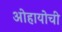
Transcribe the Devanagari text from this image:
ओहायोची